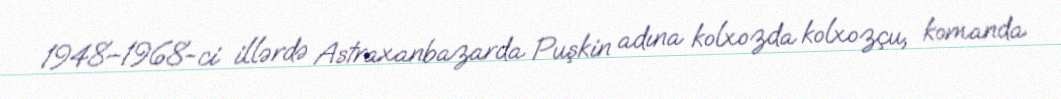
1948–1968-ci illərdə Astraxanbazarda Puşkin adına kolxozda kolxozçu, komanda